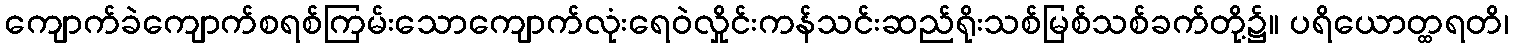
ကျောက်ခဲကျောက်စရစ်ကြမ်းသောကျောက်လုံးရေဝဲလှိုင်းကန်သင်းဆည်ရိုးသစ်မြစ်သစ်ခက်တို့၌။ ပရိယောတ္ထရတိ၊